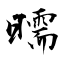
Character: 曘